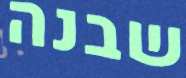
שבנה